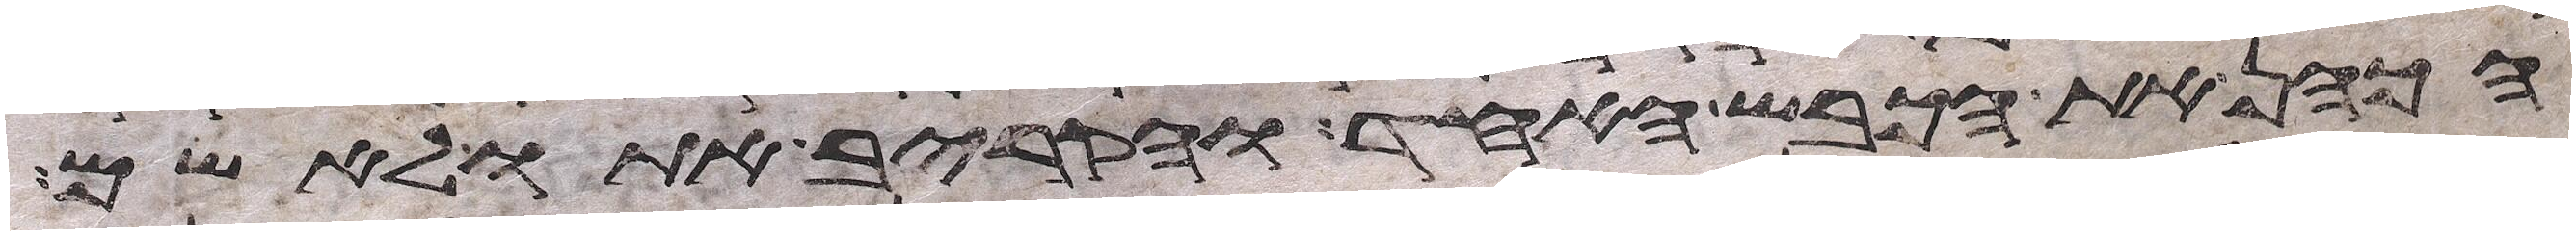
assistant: הכהן את הכבש האחד והקריב אתו לאשם